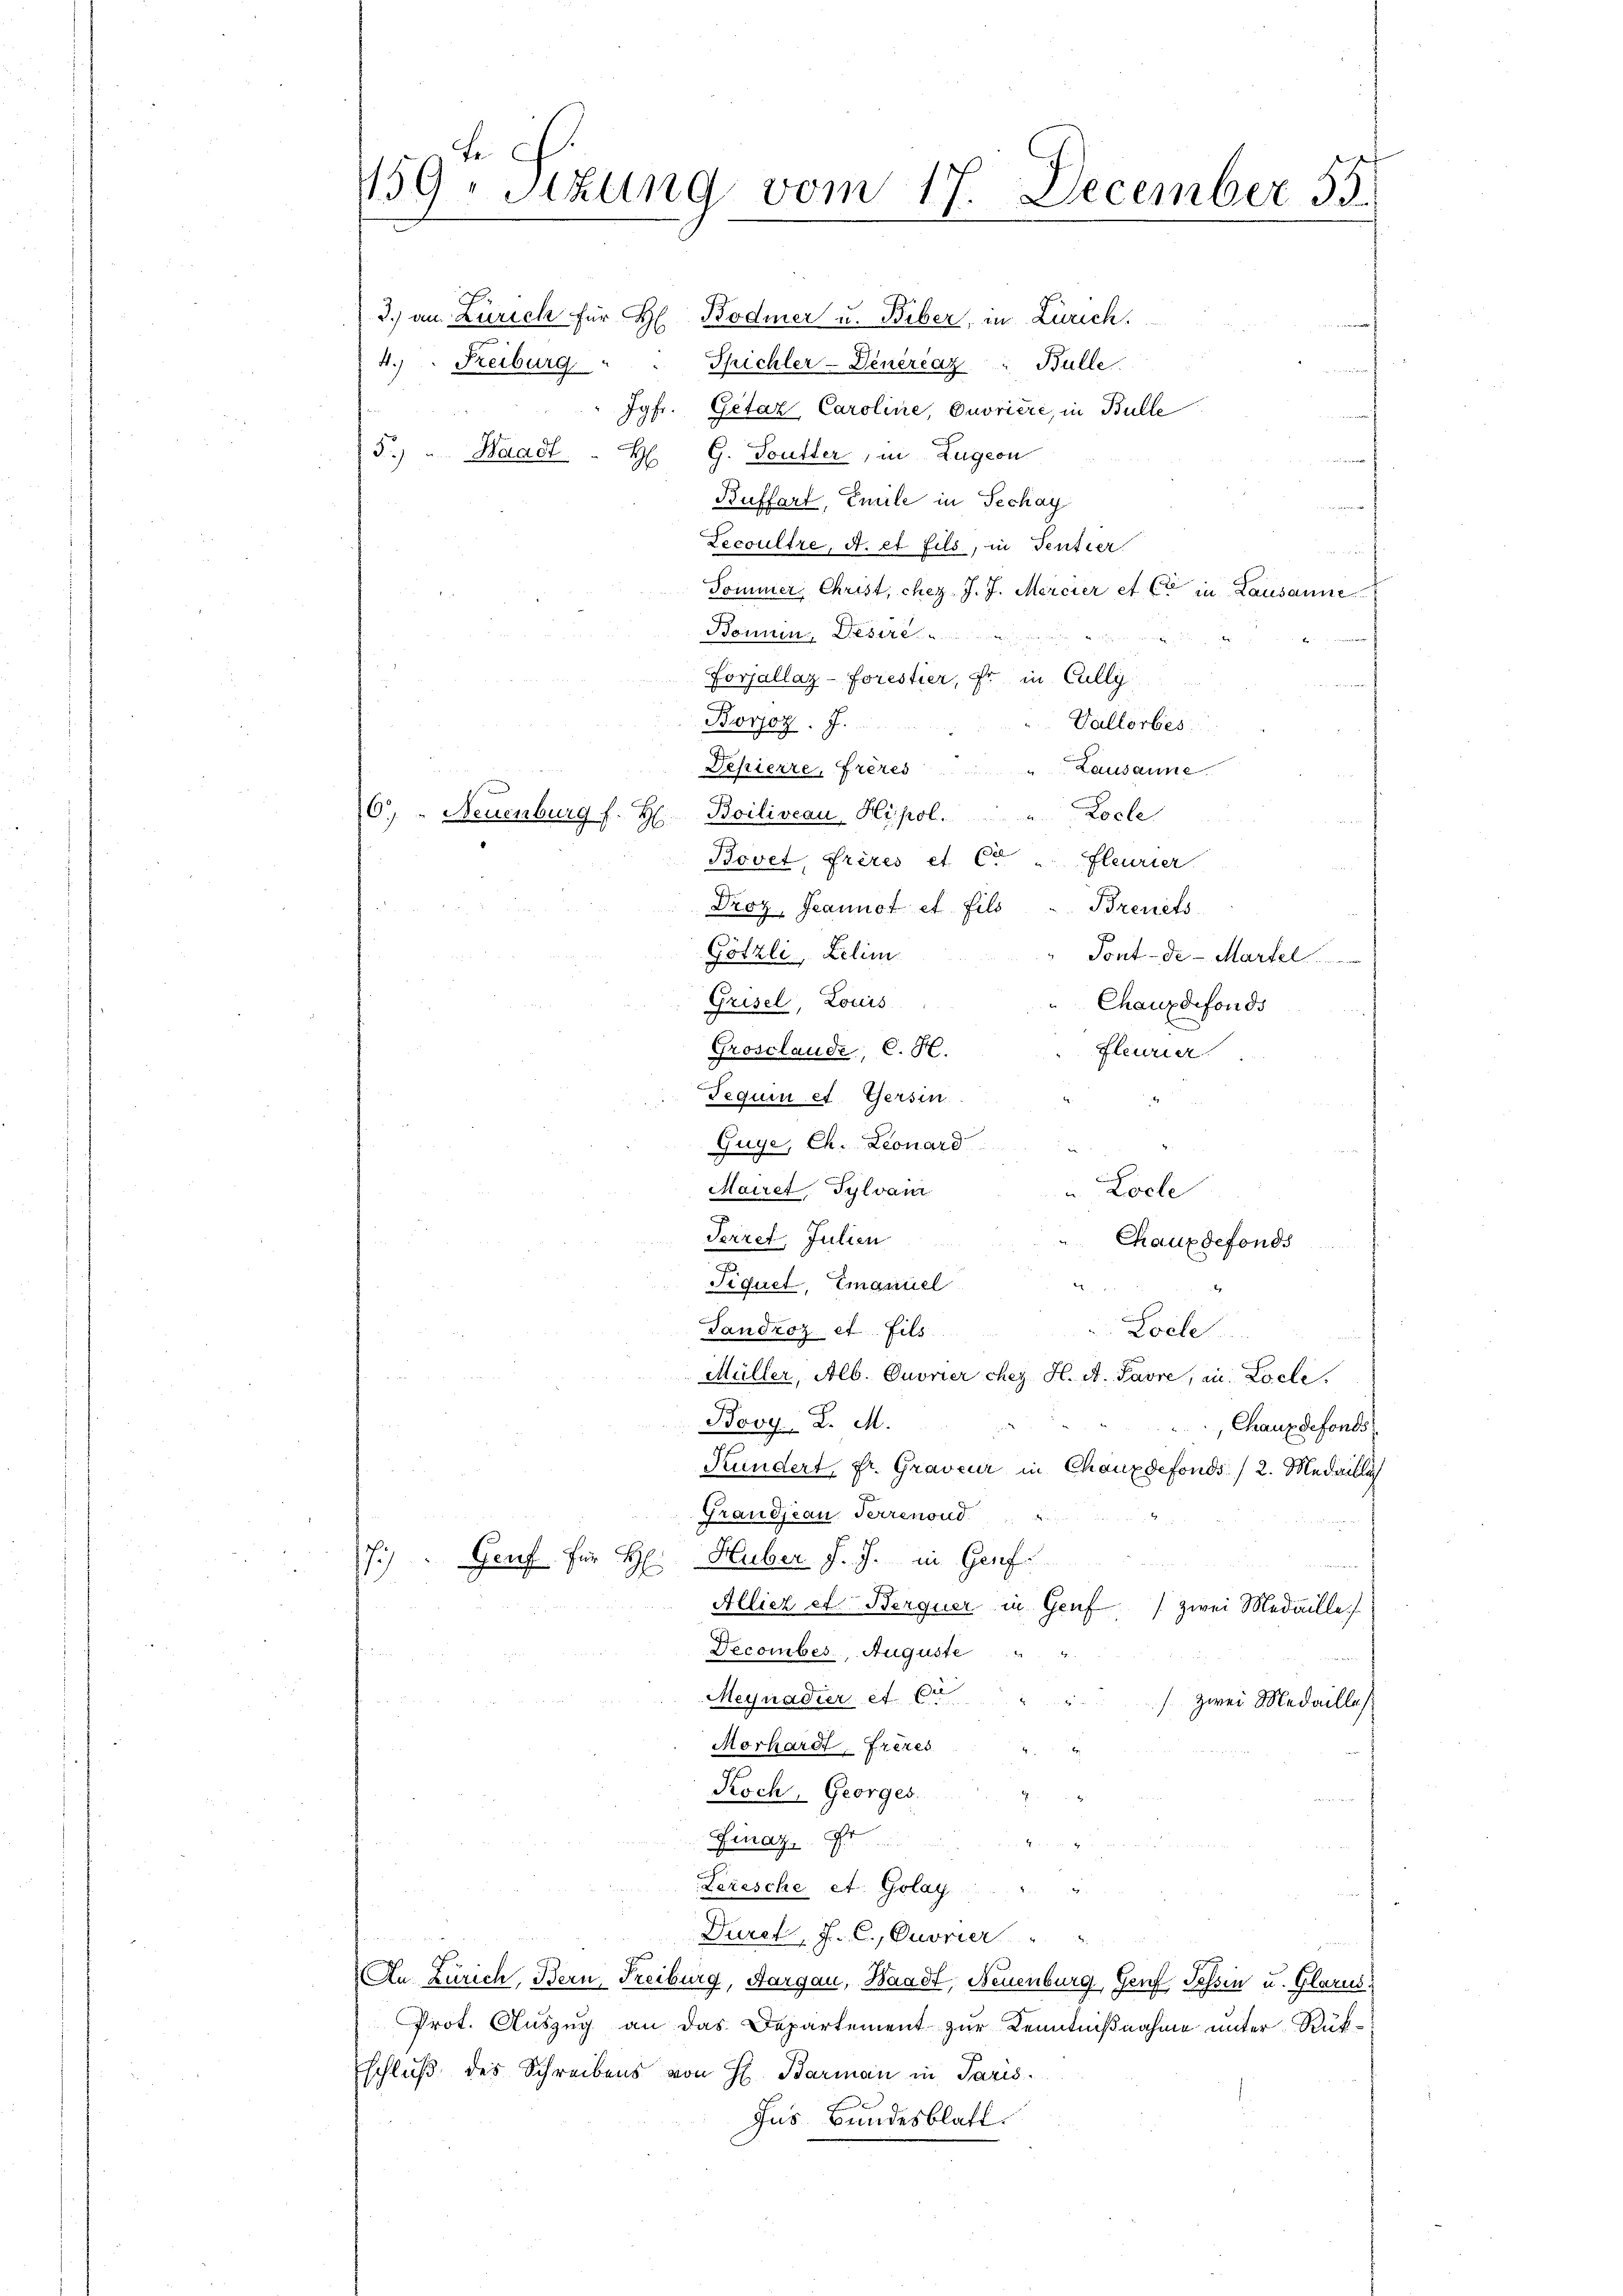
Fe
159. Sitzung vom 17. December 55.
3.) an Zürich für  Bodmer u. Biber, in Zürich.
4.) Freiburg
Spichler-Deneraz" Bulle.
Jgfr. Getaz Caroline, Cuvriere, in Bulle

5.) " Haadl
H G. Toutter, in Zugern
Buffart, Emile in Techay
Lecoultre, A. et fils, in Tentier
Sommer, Christ, chez J. J. Mercier et C in Lausanne
Bonin, Desire.
Forjallaz-Forestier, Er in Cully
Borjoz. J.
Vallorbes
Lausanne
Depierre, Frères
6) - Neuenburg f. H. Boiliveau, Hipol. "Locle
Bovet, frères et C. Fleurier
Droz. Jeannot et fils u. Breuets
Götzli Lelim
Tont-de - Martel
Grisel, Louis
Chauxdefonds
Grosclande, C. H.
fleurier
Tequen et. Gersin
Guye, Ch. Leonard
Mairet, Sylvan
Locle
Ferret, Julien
Chauxdefonds
Fiquet, Emanuel
Tandroz et fils.
Locle
Müller, Alb. Ouvrier chez H. A. Favre, in Loele
Bovy, D. M.
Chauxdefonds
Kundert, fr. Graveur in Chauxdefonds / 2. Medailli
Grandjean Terrenond
)
Genf für H. Huber J. J. in Genf.
Alliez et Berquer in Genf zwei Medaille
Decombes, Auguste
Megnadier et Co
 zwei Medailles
Morhardt, Frezes
Koch, Georges.
Finaz, Er
Lerische et Golay. " "
Duret, J. C. Cuvrier
An Zürich, Bern, Freiburg, Aargau, Waadt, Neuenburg, Genf, Tessin u. Glarus,
Prot. Auszug an das Departement zur Kenntnißnahme unter Rükschluß des Schreibens von H. Barman in Paris.
Ins Bundesblatt.